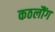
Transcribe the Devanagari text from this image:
कठलौंग